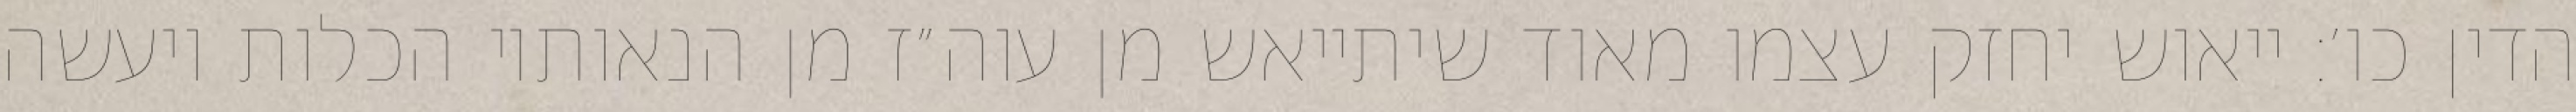
הדין כו׳: ייאוש יחזק עצמו מאוד שיתייאש מן עוה״ז מן הנאותיו הכלות ויעשה